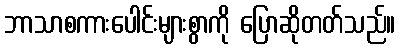
ဘာသာစကားပေါင်းများစွာကို ပြောဆိုတတ်သည်။